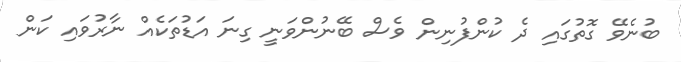
ބުނެވޭ ގޮތުގައި ދެ ކުންފުނިން ވެސް ބޭނުންވަނީ ގިނަ އަޑުތަކެއް ނާރުވައި ކަން